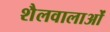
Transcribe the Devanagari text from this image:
शैलवालाओं